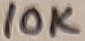
Text: 10K